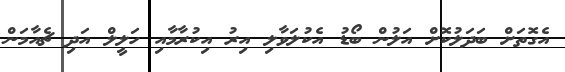
އެގޮތަށް ބަދަލުކޮށް އަލުން ބޯޑު އެކުލަވާލި އިރު އިކުރާމާއި ހަލީލް އަދި ޗެއާމަން